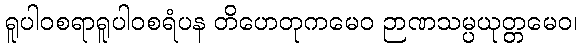
ရူပါဝစရာရူပါဝစရံပန တိဟေတုကမေဝ ဉာဏသမ္ပယုတ္တမေဝ၊